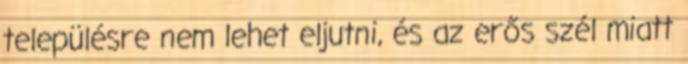
településre nem lehet eljutni, és az erős szél miatt